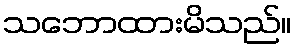
သဘောထားမိသည်။